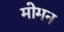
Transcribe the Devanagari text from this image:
मोमन